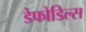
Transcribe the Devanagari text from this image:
डेफोडिल्स